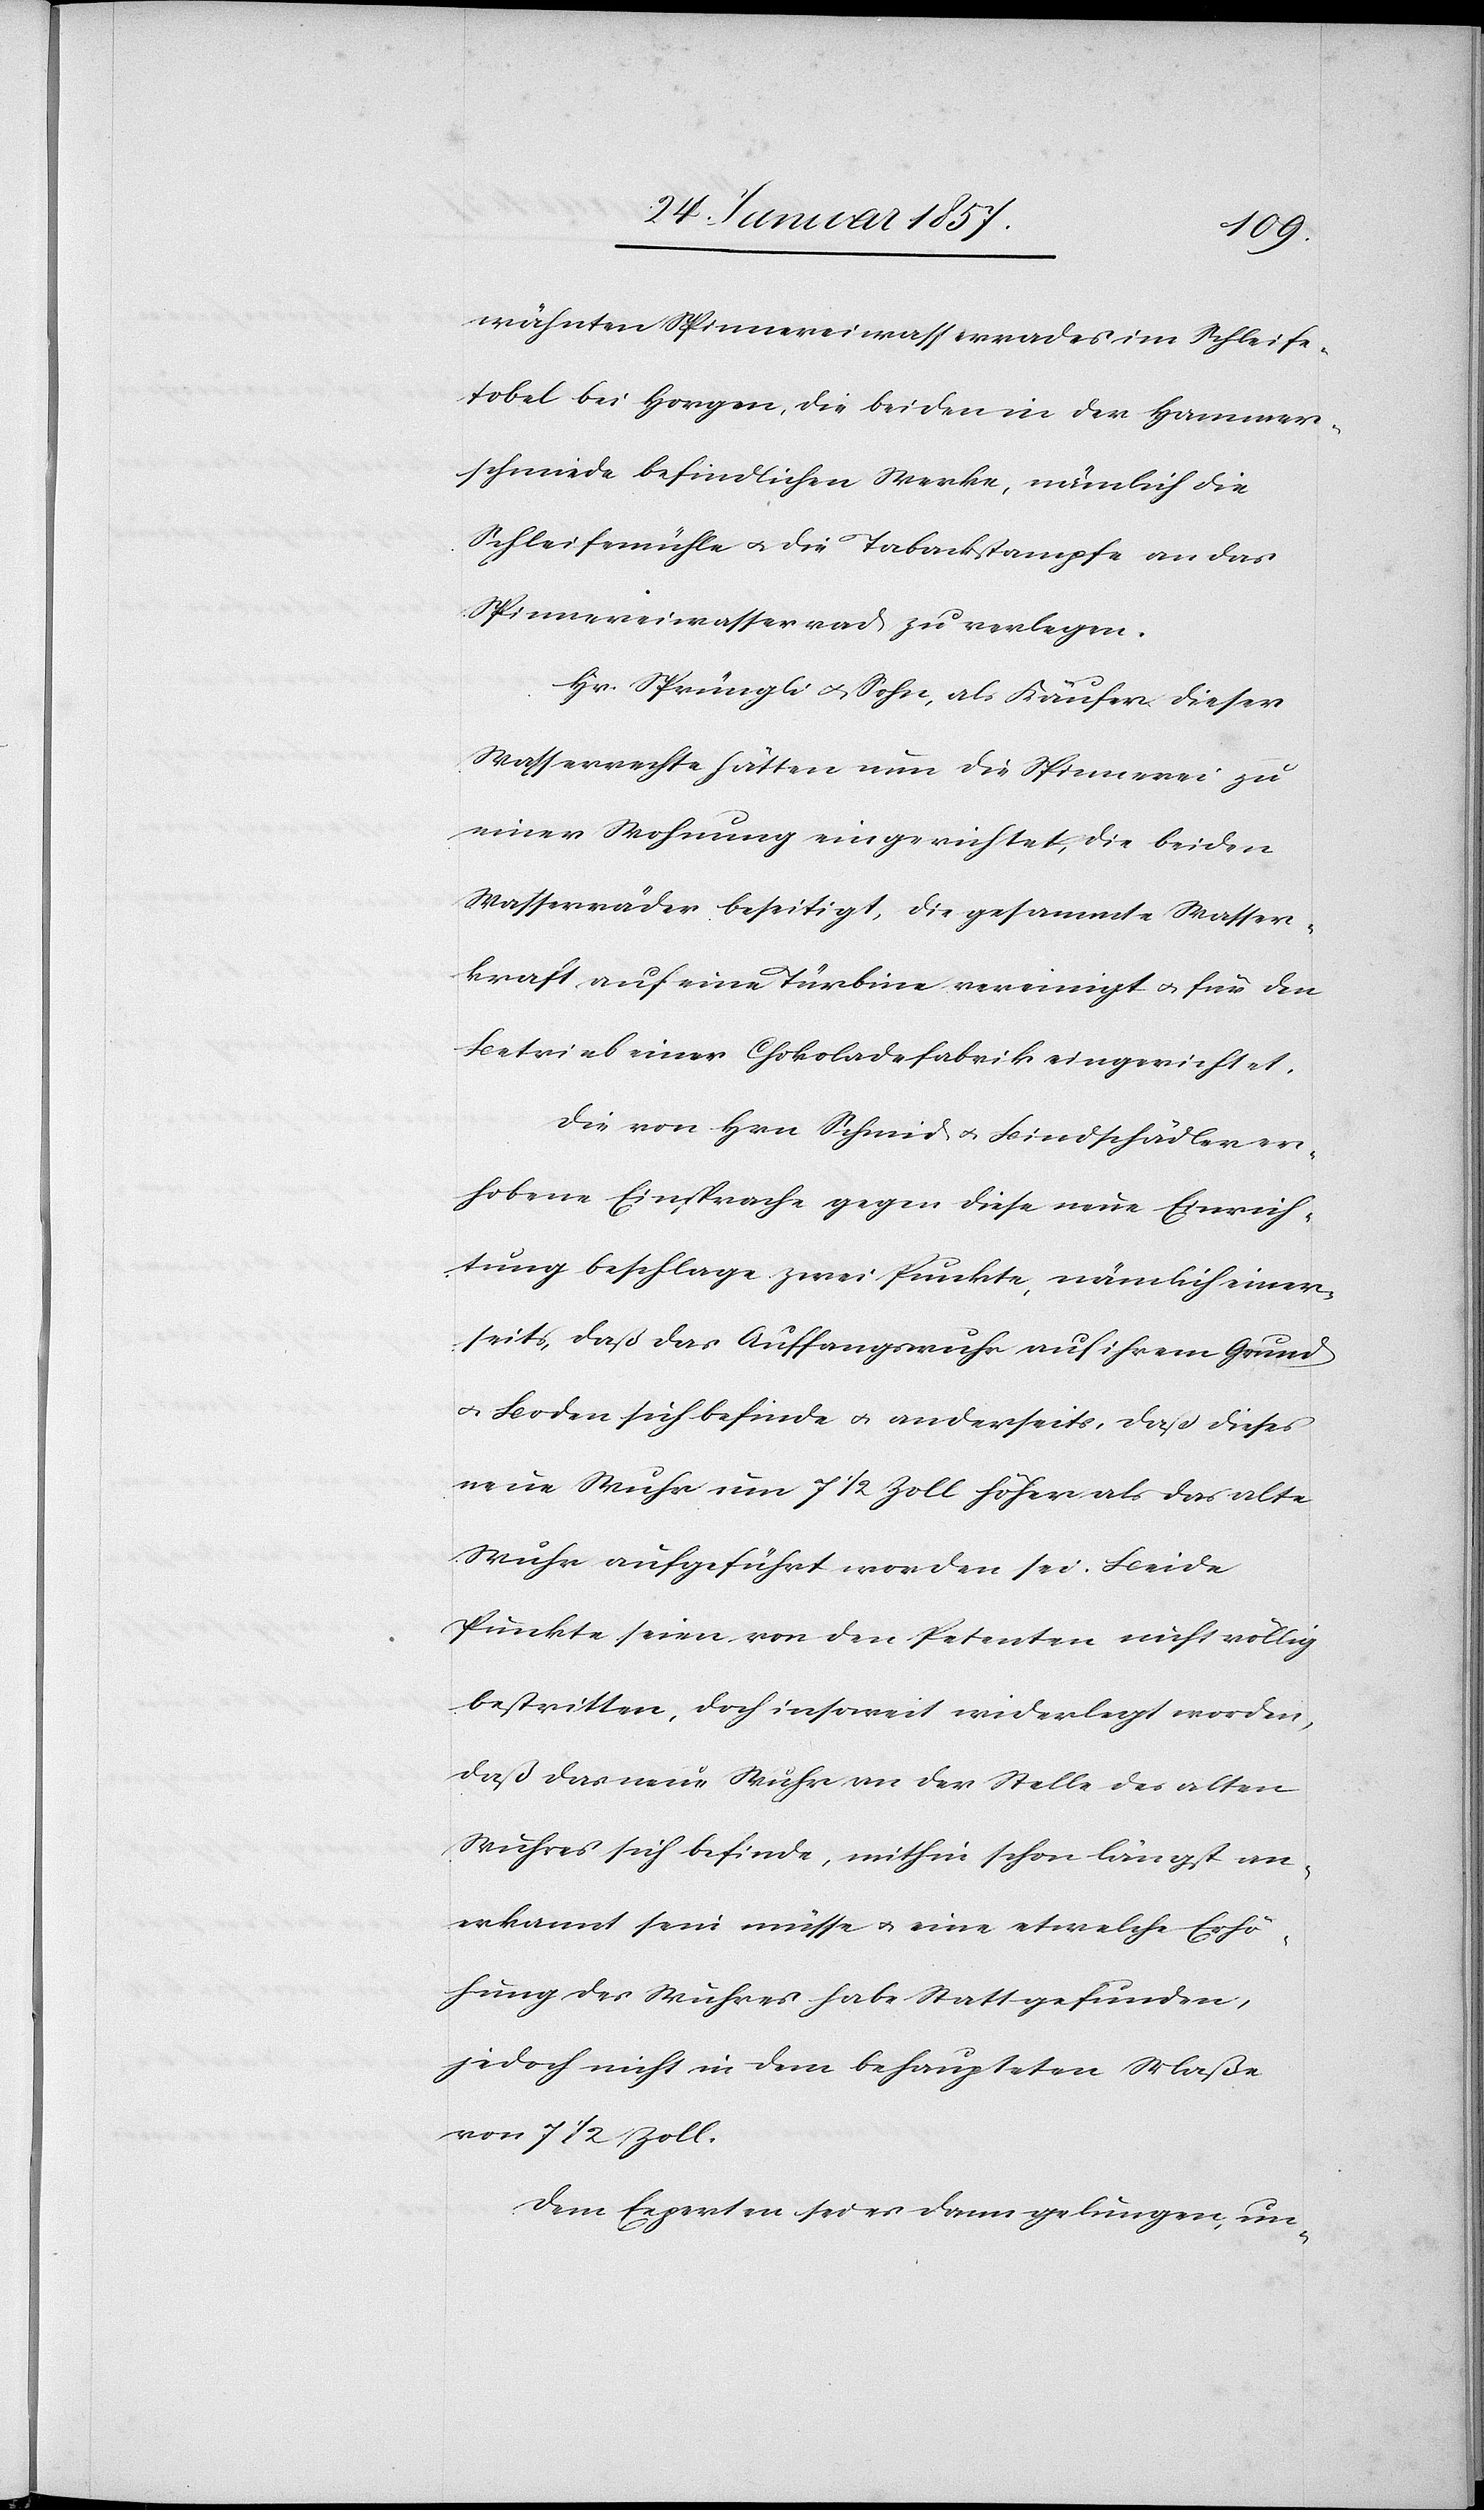
wähnten Spinnereiwasserrades im Schleife¬
tobel bei Horgen, die beiden in der Hammer¬
schmiede befindlichen Werke, nämlich die
Schleifemühle u. die Tabackstampfe an das
Spinnereiwasserrad zu verlegen.
Hr. Sprüngli & Sohn, als Käufer dieser
Wasserrechte hätten nun die Spinnerei zu
einer Wohnung eingerichtet, die beiden
Wasserräder beseitigt, die gesammte Wasser¬
kraft auf eine Türbine vereinigt & für den
Betrieb einer Chokoladefabrik eingerichtet.
Die von Hr. Schmid & Bindschädler er¬
hobene Einsprache gegen diese neue Einrich¬
tung beschlage zwei Punkte, nämlich einer¬
seits, daß das Auffangswuhr auf ihrem Grund
u. Boden sich befinde u. anderseits, daß dieses
neue Wuhr um 7 1/2 Zoll höher als das alte
Wuhr aufgeführt worden sei. Beide
Punkte seien von den Petenten nicht völlig
bestitten, doch insoweit wiederlegt worden,
daß das neue Wuhr an der Stelle des alten
Wuhres sich befinde, mithin schon längst an¬
erkannt sein müsse & eine etwelche Erhö¬
hung des Wuhres habe Statt gefunden,
jedoch nicht in dem behaupteten Maße
von 7 1/2 Zoll.
Dem Experten sei es darum gelungen, un-